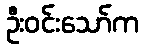
ဦးဝင်းသော်က